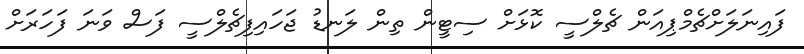
ފައިނަލަށްޗެމްޕިއަން ޗެލްސީ ކޮޅަށް ސިޓީން ތިން ލަނޑު ޖަހައިފިޗެލްސީ ފަސް ވަނަ ފަހަރަށް